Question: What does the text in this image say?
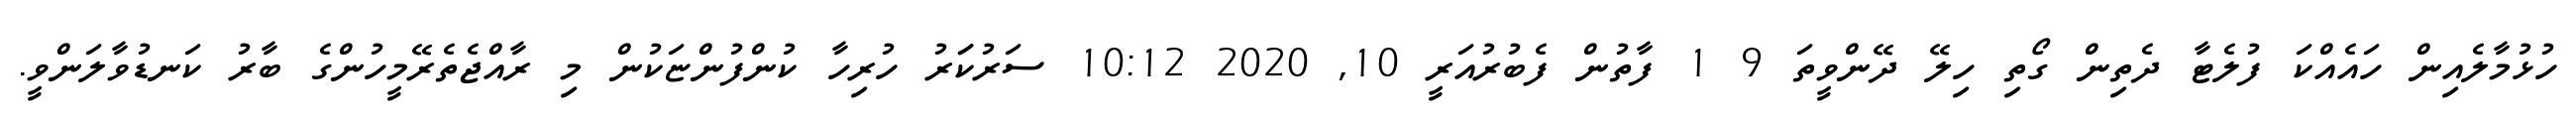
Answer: ހުޅުމާލެއިން ހައެއްކަ ފުލެޓާ ދެތިން ގޯތި ހިލޭ ދޭންވީތަ 9 1 ފާތުން ފެބުރުއަރީ 10, 2020 10:12 ސަރުކަަރު ހުރިހާ ކުންފުންޏަކުން މި ރާއްޖެތެރޭމީހުންގެ ބާރު ކަނޑުވާލަންވީ.